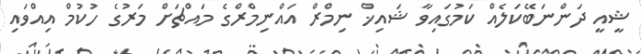
ޝީއީ ދަންނަބޭކަލެއް ކަމުގައިވާ ޝައިޚް ނިމްރް އައްނިމްރްގެ މައްޗަށް މަރުގެ ހުކުމް އިއްވައި